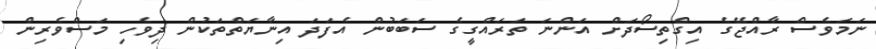
ނަމަވެސް ރާއްޖޭގެ އިގްތިސޯދަށް އަންނަ ތަރައްގީގެ ސަބަބުން އެފަދަ އިނާޔަތްތަކުން ދިވެހި މަސްވެރިން